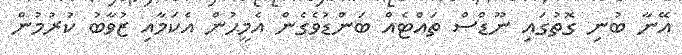
އޭނާ ބުނި ގޮތުގައި ނޫޑްސް ތައްޓެއް ބަންޑުވެގެން އެމީޙުން އެކަމާއި ޒުވާބު ކުރުމުން